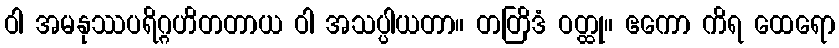
ဝါ အမနုဿပရိဂ္ဂဟိတတာယ ဝါ အသပ္ပါယတာ။ တတြိဒံ ဝတ္ထု။ ဧကော ကိရ ထေရော